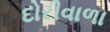
દોરીવાળા